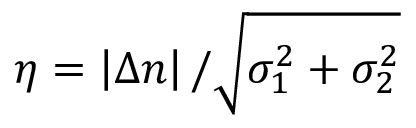
\eta = \left| \Delta n \right| / \sqrt { \sigma _ { 1 } ^ { 2 } + \sigma _ { 2 } ^ { 2 } }